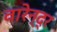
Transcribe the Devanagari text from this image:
वारेन्द्र